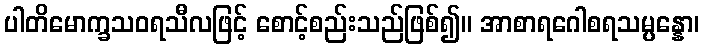
ပါတိမောက္ခသဝရသီလဖြင့် စောင့်စည်းသည်ဖြစ်၍။ အာစာရဂေါစရသမ္ပန္နော၊